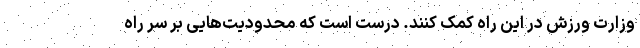
وزارت ورزش در این راه کمک کنند. درست است که محدودیت‌هایی بر سر راه